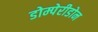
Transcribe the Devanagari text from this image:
डोम्पेरीडोन